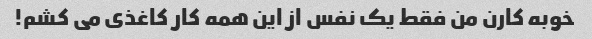
خوبه کارن من فقط یک نفس از این همه کار کاغذی می کشم!